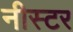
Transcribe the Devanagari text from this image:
नीस्टर